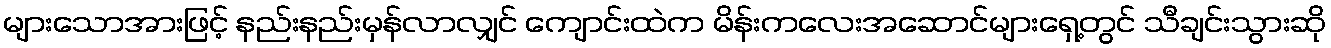
များသောအားဖြင့် နည်းနည်းမှန်လာလျှင် ကျောင်းထဲက မိန်းကလေးအဆောင်များရှေ့တွင် သီချင်းသွားဆို